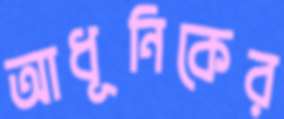
আধূনিকের